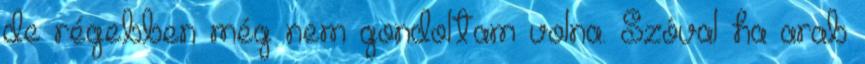
de régebben még nem gondoltam volna. Szóval ha arab